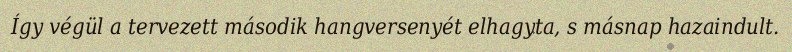
Így végül a tervezett második hangversenyét elhagyta, s másnap hazaindult.